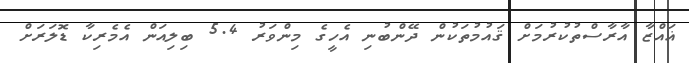
ޣައްޒާ އާރާސްތުކުރުމަށް ޤައުމުތަކުން ދޭންބުނި އެހީގެ މިންވަރު 5.4 ބިލިއަން އެމެރިކާ ޑޮލަރަށް